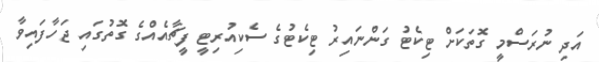
އަދި ނުރަސްމީ ގޮތަކަށް ޓިކެޓު ގަންނައިރު ޓިކެޓުގެ ސެކިއުރިޓީ ފީޗާއެއްގެ ގޮތުގައި ޖަހާފައިވާ